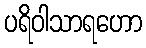
ပရိဝါသာရဟော